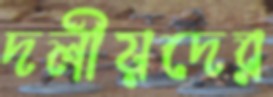
দলীয়দের